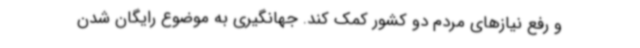
و رفع نیازهای مردم دو کشور کمک کند. جهانگیری به موضوع رایگان شدن